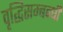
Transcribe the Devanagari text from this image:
वृद्धिसम्बन्धी